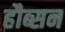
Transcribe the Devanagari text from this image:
हौब्सन